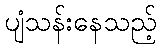
ပျံသန်းနေသည့်